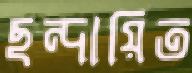
ছন্দায়িত